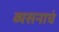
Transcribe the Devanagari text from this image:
व्यसनाचं